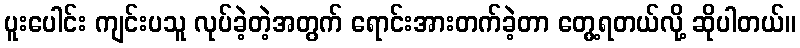
ပူးပေါင်း ကျင်းပသူ လုပ်ခဲ့တဲ့အတွက် ရောင်းအားတက်ခဲ့တာ တွေ့ရတယ်လို့ ဆိုပါတယ်။